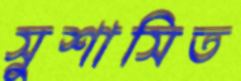
সুশাসিত